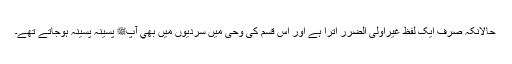
حالانکہ صرف ایک لفظ غيراولی الضرر اترا ہے اور اس قسم کی وحی میں سردیوں میں بھي آپﷺ پسینہ پسینہ ہوجاتے تھے۔